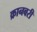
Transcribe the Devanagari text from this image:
क्रानबरी